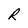
Character: R